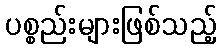
ပစ္စည်းများဖြစ်သည့်